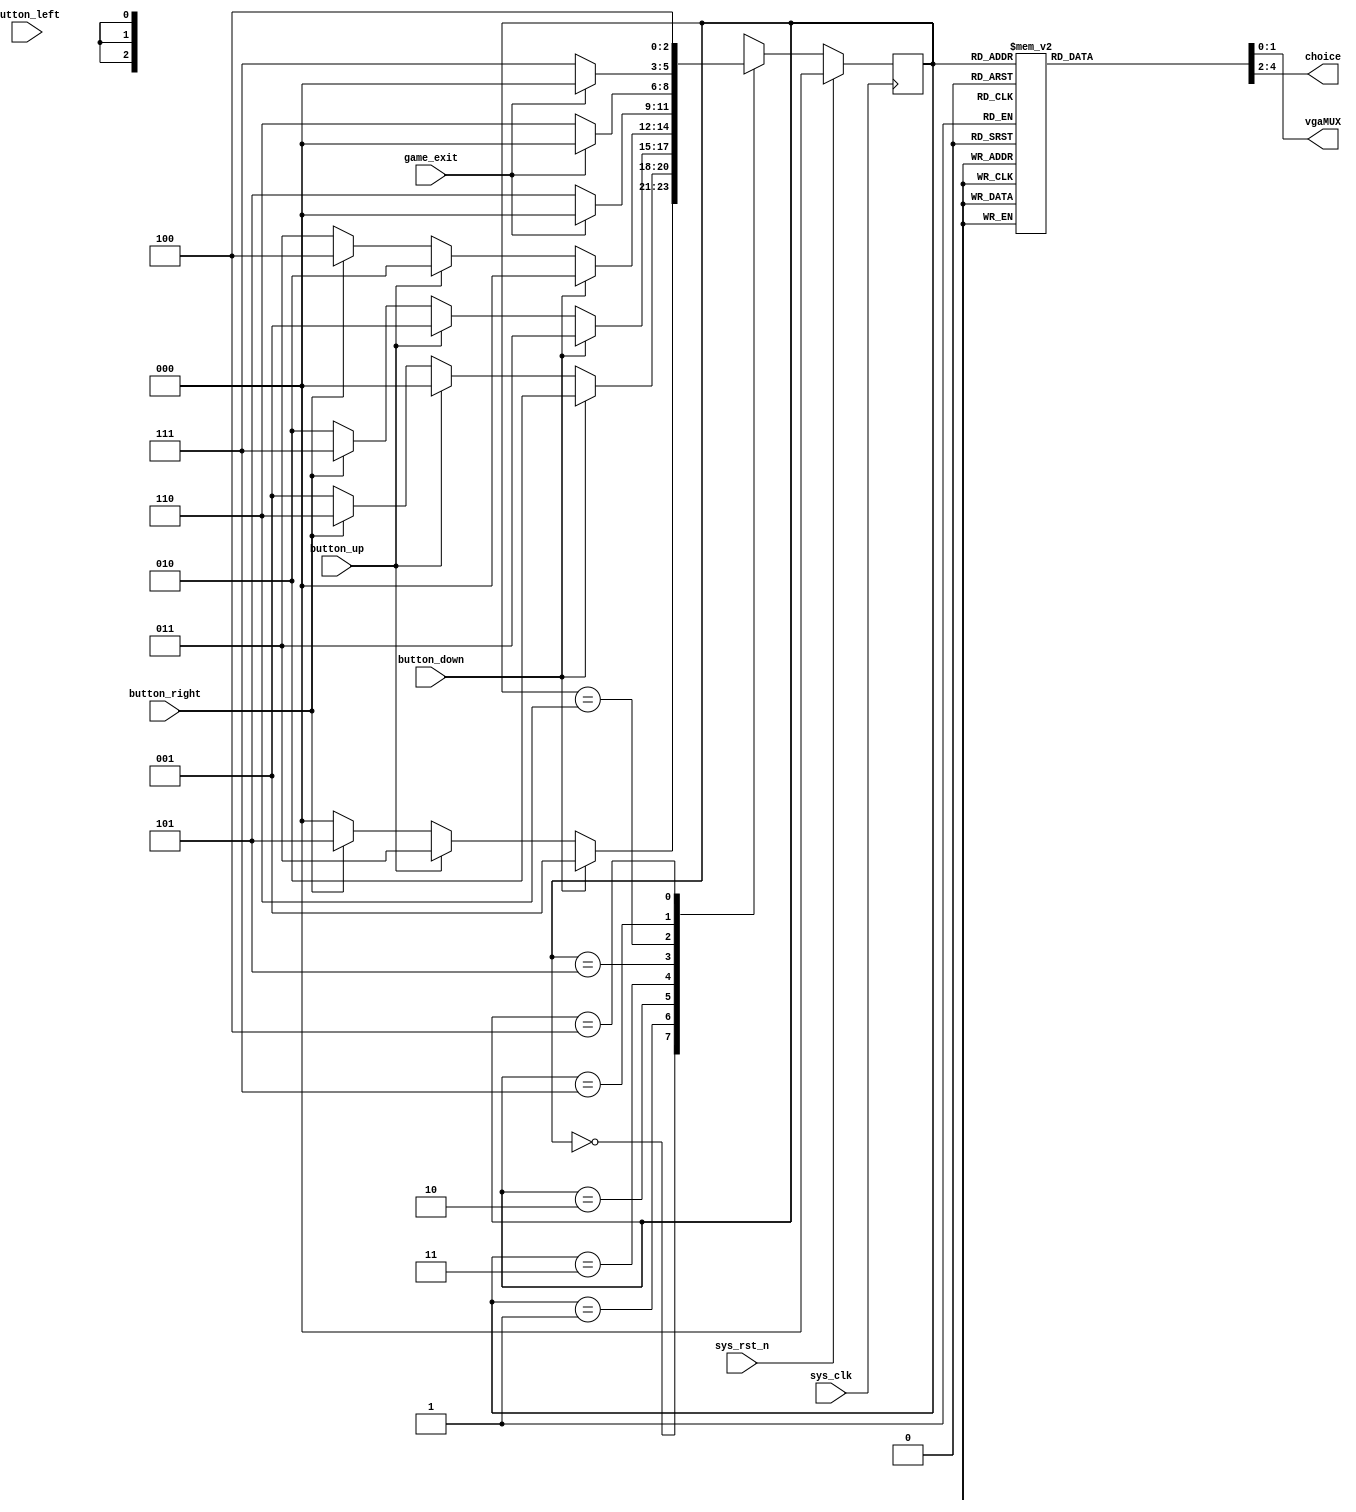
`timescale 1ns / 1ps

// parameter   state_game1 = 0,            state_game1_in = 1,
//             state_game2 = 2,            state_game2_in = 3,
//             state_game3 = 4,            state_game3_in = 5,
//             state_exit  = 6,            state_exit_in  = 7;

module FSM(
    input sys_clk,
    input sys_rst_n,
    input button_up,
    input button_down,
    input button_left,
    input button_right, // 
    input game_exit,
    output reg [1:0] vgaMUX, // 0 background ; 1 game1 ; 2 game2; 3 game3
    output reg [2:0] choice); // 0 back_game1 ; 1 back_game_2 ; 2 back_game_3 ; 3 back_exit ; 4 back_exit_in;

// State Define
parameter   state_game1 = 0,            state_game1_in = 5,
            state_game2 = 1,            state_game2_in = 6,
            state_game3 = 2,            state_game3_in = 7,
            state_exit  = 3,            state_exit_in  = 4;

reg [2:0] state;
//reg game_exit;  // control to exit in_state
// reg background; // define bits

always @(posedge sys_clk) begin
    if (sys_rst_n) begin
        state <= state_game1;
//        game_exit = 1'b0;
    end
    else case (state)
        state_game1 : begin
            if(button_down) state <= state_game2;
            else if(button_up)  state <= state_exit;
            else if(button_right)  state <= state_game1_in;
            else state <= state_game1;
        end
        state_game2 : begin
            if(button_down) state <= state_game3;
            else if(button_up)  state <= state_game1;
            else if(button_right)  state <= state_game2_in;
            else state <= state_game2;
        end
        state_game3 : begin
            if(button_down) state <= state_exit;
            else if(button_up)  state <= state_game2;
            else if(button_right)  state <= state_game3_in;
            else state <= state_game3;
        end
        state_exit : begin
            if(button_down) state <= state_game1;
            else if(button_up)  state <= state_game3;
            else if(button_right)  state <= state_exit_in;
            else state <= state_exit;
        end
        state_game1_in : begin
            if(game_exit) begin
                state <= state_game1;
            end
            else state <= state_game1_in;
        end
        state_game2_in : begin
            if(game_exit) begin
                state <= state_game1;
            end
            else state <= state_game2_in;
        end
        state_game3_in : begin
            if(game_exit) begin
                state <= state_game1;
            end
            else state <= state_game3_in;
        end
        state_exit_in  : state <= state_exit_in;
    endcase               
end    

// OutPut
always @(state) begin
    case (state)
        state_game1      : begin
            {choice, vgaMUX} = 5'b00000;
        end
        state_game2      : begin
            {choice, vgaMUX} = 5'b00100;
        end  
        state_game3      : begin
            {choice, vgaMUX} = 5'b01000;
        end  
        state_game1_in   : begin
            {choice, vgaMUX} = 5'b00001;
        end
        state_game2_in   : begin
            {choice, vgaMUX} = 5'b00010;
        end
        state_game3_in   : begin
            {choice, vgaMUX} = 5'b00011;
        end
        state_exit       : begin
            {choice, vgaMUX} = 5'b01100;
        end
        state_exit_in    : begin
            {choice, vgaMUX} = 5'b10000;
        end
    endcase
end         
endmodule